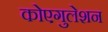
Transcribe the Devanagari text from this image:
कोएगुलेशन